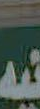
فيه